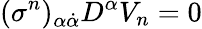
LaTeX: (\sigma^{n})_{\alpha\dot{\alpha}}D^{\alpha}V_{n}=0